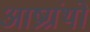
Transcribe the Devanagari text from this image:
आष्रग्रंथों